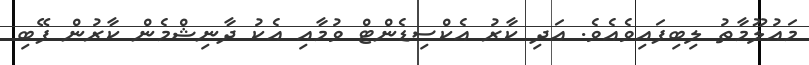
މައުލޫމާތު ލިބިފައިވެއެވެ. އަދި ކާރު އެކްސިޑެންޓް ވުމާއި އެކު ދާނިޝްމެން ކާރުން ފޭބި